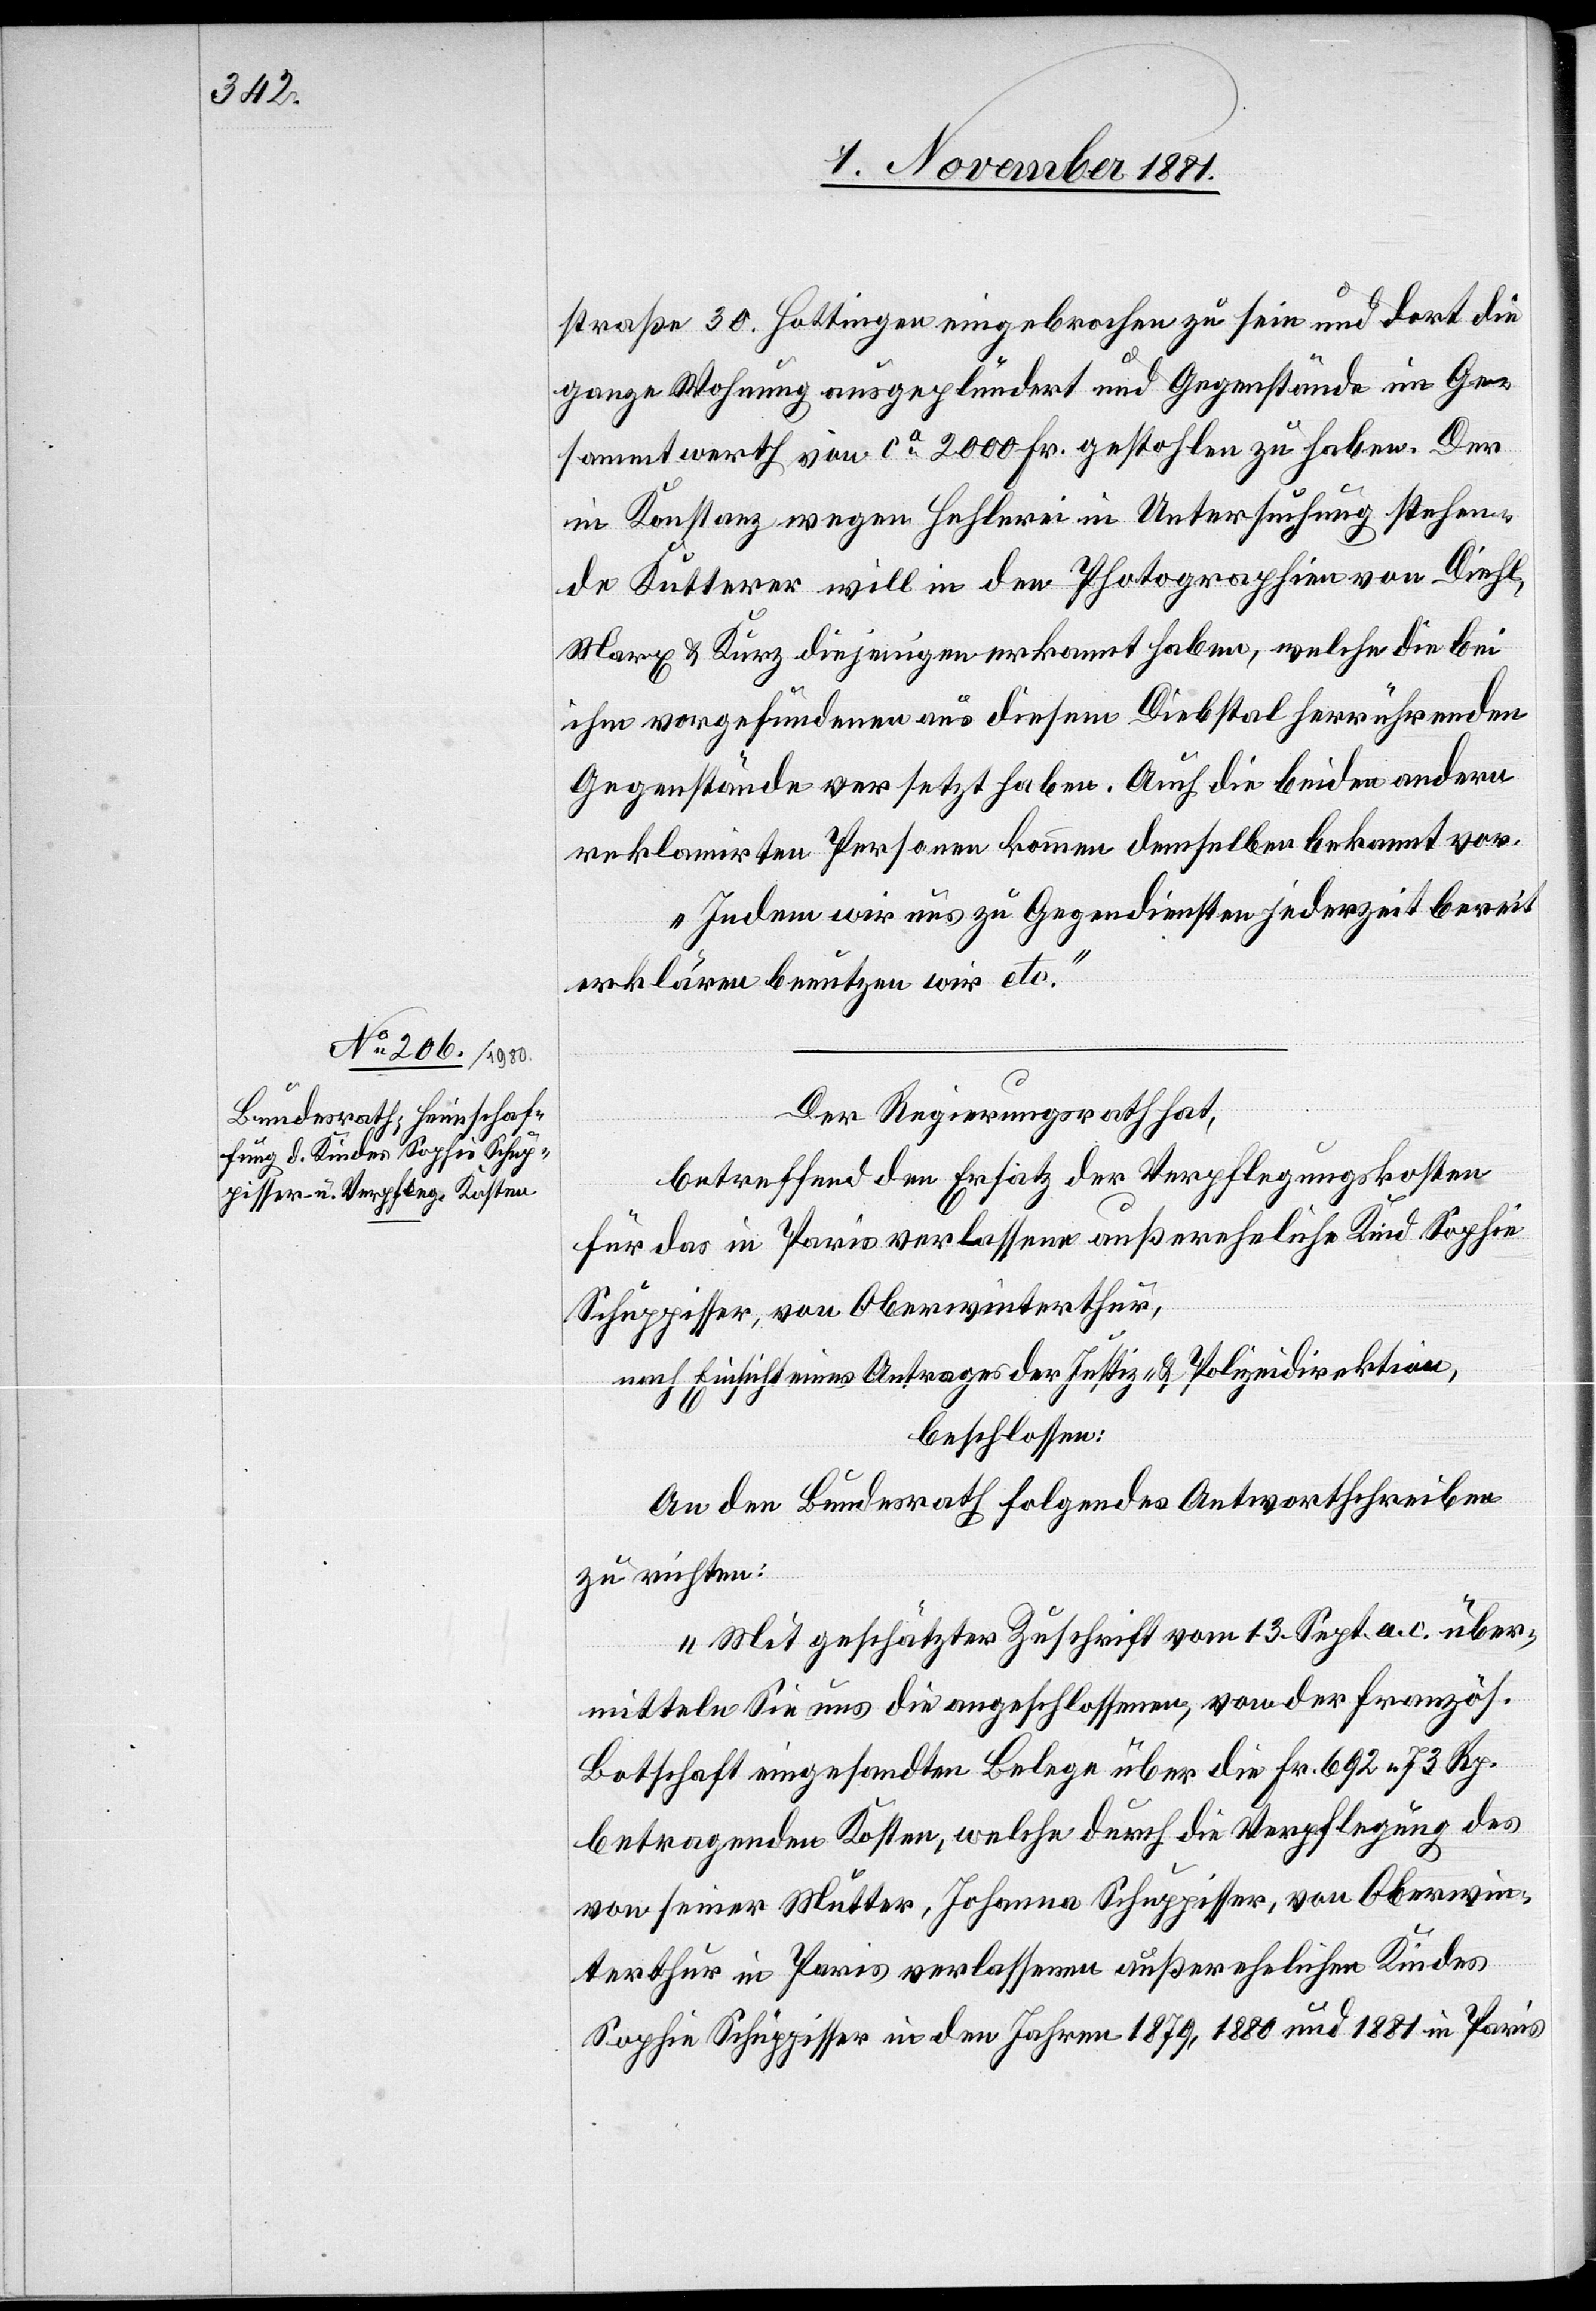
straße 30. Hottingen eingebrochen zu sein und dort die
ganze Wohnung ausgeplündert und Gegenstände im Ge¬
sammtwerth von ca 2000 Fr. gestohlen zu haben. Der
in Konstanz wegen Hehlerei in Untersuchung stehen¬
de Kutterer will in den Photographien von Diehl,
Marx & Kurz diejenigen erkennt haben, welche die bei
ihm vorgefundenen aus diesem Diebstal herrührenden
Gegenstände versetzt haben. Auch die beiden andern
reklamirten Personen kommen demselben bekannt vor.
Indem wir uns zu Gegendiensten jederzeit bereit¬
erklären benutzen wir etc.“
Der Regierungsrath hat,
betreffend den Ersatz der Verpflegungskosten
für das in Paris verlassene außereheliche Kind Sophie
Schuppisser, von Oberwinterthur,
nach Einsicht eines Antrages der Justiz- & Polizeidirektion,
beschlossen:
An den Bundesrath folgendes Antwortschreiben
zu richten:
„Mit geschätzter Zuschrift vom 13. Sept. a. c. über¬
mitteln Sie uns die angeschlossenen, von der französ.
Botschaft eingesandten Belege über die Fr. 692 73 Rp.
betragenden Kosten, welche durch die Verpflegung des
von seiner Mutter, Johanna Schuppisser, von Oberwin¬
terthur in Paris verlassenen außerehelichen Kindes
Sophie Schuppisser in den Jahren 1879, 1880 und 1881 in Paris